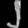
Digit: ၂